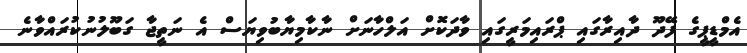
އެމްޑީޕީގެ ފޭދޫ ދާއިރާގައި ޕްރައިމަރީގައި ވާދަކޮށް އަލްހާނަށް ނާކާމިޔާބުވިޔަސް އެ ނަތީޖާ ގަބޫލުނުކުރައްވާނެ